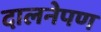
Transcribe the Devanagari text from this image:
दालनेपण